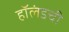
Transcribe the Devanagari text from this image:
हॉलंडची